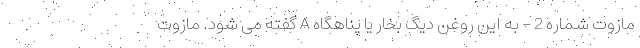
مازوت شماره 2 - به این روغن دیگ بخار یا پناهگاه A گفته می شود. مازوت